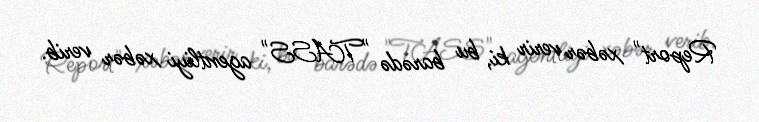
Report" xəbər verir ki, bu barədə "TASS" agentliyi xəbər verib.